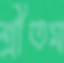
শ্রীতম